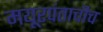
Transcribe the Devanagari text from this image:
मयूरपंताचीच